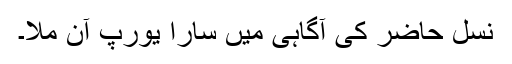
نسلِ حاضر کی آگاہی میں سارا یورپ آن ملا۔